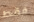
فقط